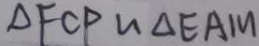
\Delta F C P \sim \Delta E A M